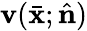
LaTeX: \mathbf{v}(\bar{{{\mathbf{x}}}};\hat{{{\mathbf{n}}}})